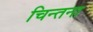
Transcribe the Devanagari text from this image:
चिन्तना